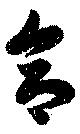
合